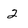
Character: 2